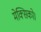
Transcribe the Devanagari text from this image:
मेक्सिको।